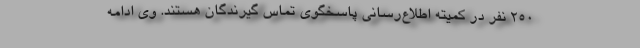
250 نفر در کمیته اطلاع‌رسانی پاسخگوی تماس گیرندگان هستند. وی ادامه